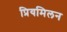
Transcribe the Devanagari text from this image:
प्रियमिलन